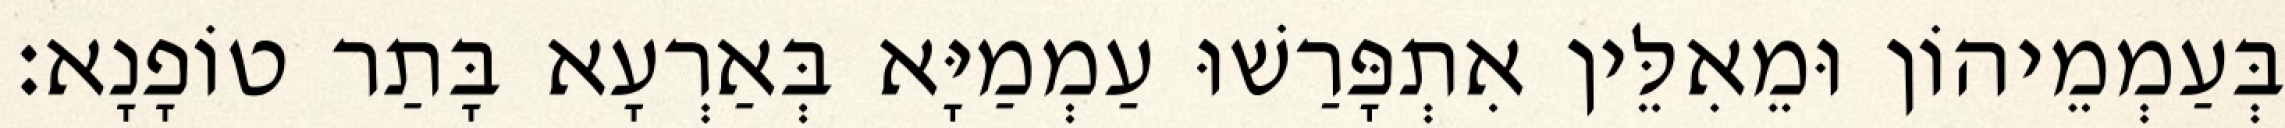
בְּעַמְמֵיהוֹן וּמֵאִלֵּין אִתְפָּרַשׁוּ עַמְמַיָּא בְּאַרְעָא בָּתַר טוֹפָנָא׃